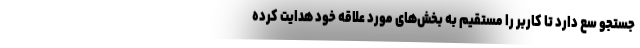
جستجو سع دارد تا کاربر را مستقیم به بخش­های مورد علاقه خود هدایت کرده